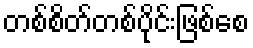
တစ်စိတ်တစ်ပိုင်းဖြစ်စေ